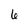
Character: 6